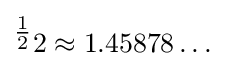
{}^{\tfrac {1}{2}}2\approx 1.45878\ldots